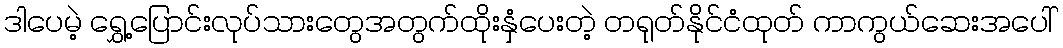
ဒါပေမဲ့ ရွှေ့ပြောင်းလုပ်သားတွေအတွက်ထိုးနှံပေးတဲ့ တရုတ်နိုင်ငံထုတ် ကာကွယ်ဆေးအပေါ်